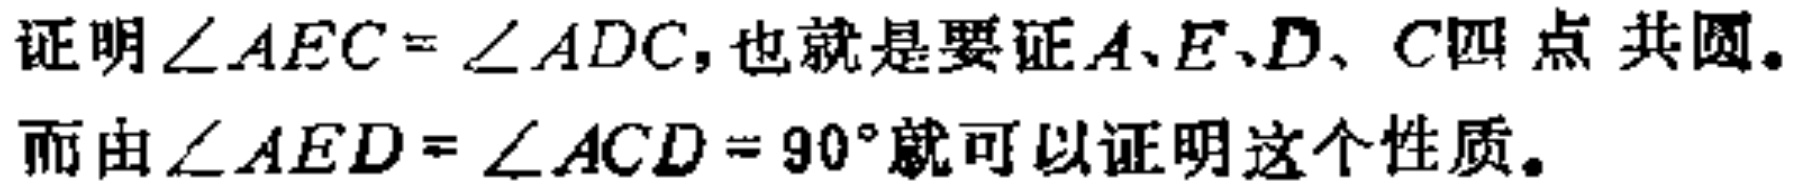
证明$\angle AEC = \angle ADC$,也就是要证$A、E、D、C$四点共圆。

而由$\angle AED = \angle ACD = 90^{\circ}$就可以证明这个性质。